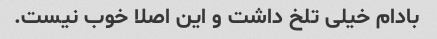
بادام خیلی تلخ داشت و این اصلا خوب نیست.